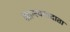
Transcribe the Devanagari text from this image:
सान्त्वनादाता